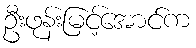
ဦးဖုန်းမြင့်အောင်က